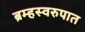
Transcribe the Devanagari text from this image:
ब्रम्हस्वरुपात